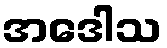
အဒေါသ